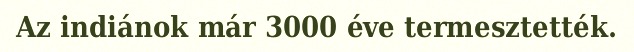
Az indiánok már 3000 éve termesztették.